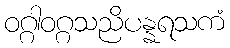
ဝဂ္ဂါဝဂ္ဂသညိပန္နရသကံ